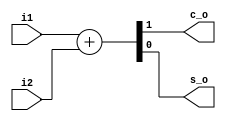
`timescale 1ns / 1ps
//////////////////////////////////////////////////////////////////////////////////
// Company: 
// Engineer: 
// 
// Design Name: 
// Module Name: half_adder
// Project Name: 
// Target Devices: 
// Tool Versions: 
// Description: 
// 
// Dependencies: 
// 
// Revision:
// Revision 0.01 - File Created
// Additional Comments:
// 
//////////////////////////////////////////////////////////////////////////////////


module half_adder(
    input i1,
    input i2,
    output c_o,
    output s_o
    );
    
    
    //Structrual
    //xor(s_o, i1,i2);
    //and(c_o, i1,i2);
     
    // dataflow 
   //   assign c_o = i1^i2;
   //   assign s_o = i1&i2;
    
  
    //behavouiral
    reg [1:0] result;
    
      always@(i1 or i2)
      begin
          result = i1+i2;
      end
      
      assign c_o = result[1];
      assign s_o = result[0];
                  
    
      
    
     
      
       
    
    
endmodule